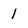
Character: 1